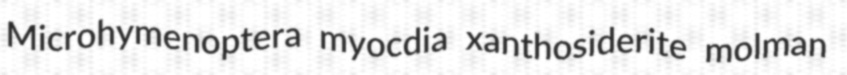
Microhymenoptera myocdia xanthosiderite molman